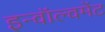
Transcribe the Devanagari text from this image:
इन्वॉल्वमेंट